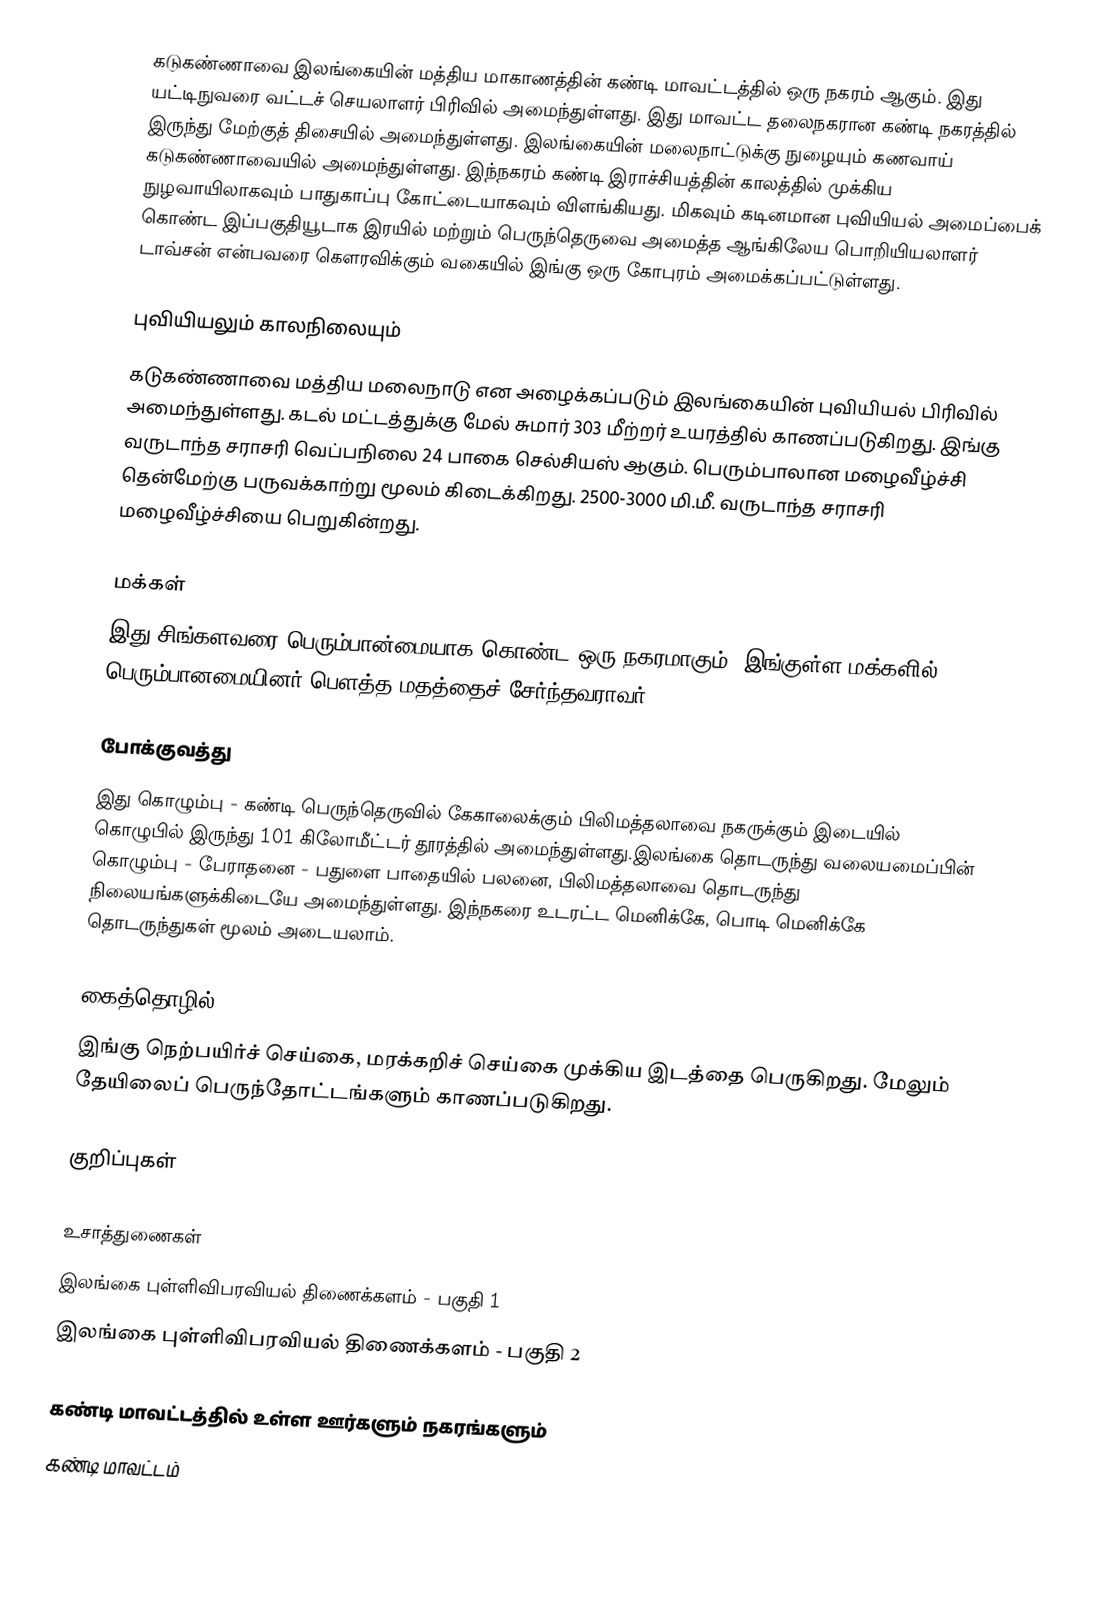
கடுகண்ணாவை இலங்கையின் மத்திய மாகாணத்தின் கண்டி மாவட்டத்தில் ஒரு நகரம் ஆகும். இது யட்டிநுவரை வட்டச் செயலாளர் பிரிவில் அமைந்துள்ளது. இது மாவட்ட தலைநகரான கண்டி நகரத்தில் இருந்து  மேற்குத் திசையில்  அமைந்துள்ளது. இலங்கையின் மலைநாட்டுக்கு நுழையும் கணவாய் கடுகண்ணாவையில் அமைந்துள்ளது. இந்நகரம் கண்டி இராச்சியத்தின் காலத்தில் முக்கிய நுழவாயிலாகவும் பாதுகாப்பு கோட்டையாகவும் விளங்கியது. மிகவும் கடினமான புவியியல் அமைப்பைக் கொண்ட இப்பகுதியூடாக இரயில் மற்றும் பெருந்தெருவை அமைத்த ஆங்கிலேய பொறியியலாளர் டாவ்சன் என்பவரை கௌரவிக்கும் வகையில் இங்கு ஒரு கோபுரம் அமைக்கப்பட்டுள்ளது.

புவியியலும் காலநிலையும்
கடுகண்ணாவை  மத்திய மலைநாடு என அழைக்கப்படும்  இலங்கையின் புவியியல் பிரிவில் அமைந்துள்ளது. கடல் மட்டத்துக்கு மேல் சுமார் 303 மீற்றர்  உயரத்தில் காணப்படுகிறது. இங்கு வருடாந்த சராசரி வெப்பநிலை 24 பாகை செல்சியஸ் ஆகும். பெரும்பாலான மழைவீழ்ச்சி தென்மேற்கு பருவக்காற்று மூலம் கிடைக்கிறது. 2500-3000 மி.மீ. வருடாந்த சராசரி மழைவீழ்ச்சியை பெறுகின்றது.

மக்கள்
இது சிங்களவரை பெரும்பான்மையாக கொண்ட ஒரு நகரமாகும். இங்குள்ள மக்களில் பெரும்பானமையினர் பௌத்த மதத்தைச் சேர்ந்தவராவர்.

போக்குவத்து
இது கொழும்பு - கண்டி பெருந்தெருவில் கேகாலைக்கும் பிலிமத்தலாவை நகருக்கும் இடையில் கொழுபில் இருந்து 101 கிலோமீட்டர் தூரத்தில் அமைந்துள்ளது.இலங்கை தொடருந்து வலையமைப்பின் கொழும்பு - பேராதனை - பதுளை பாதையில் பலனை, பிலிமத்தலாவை தொடருந்து நிலையங்களுக்கிடையே அமைந்துள்ளது. இந்நகரை உடரட்ட மெனிக்கே, பொடி மெனிக்கே தொடருந்துகள் மூலம் அடையலாம்.

கைத்தொழில்
இங்கு நெற்பயிர்ச் செய்கை, மரக்கறிச் செய்கை முக்கிய இடத்தை பெருகிறது. மேலும் தேயிலைப் பெருந்தோட்டங்களும் காணப்படுகிறது.

குறிப்புகள்

உசாத்துணைகள்
 இலங்கை புள்ளிவிபரவியல் திணைக்களம் - பகுதி 1
 இலங்கை புள்ளிவிபரவியல் திணைக்களம் - பகுதி 2

கண்டி மாவட்டத்தில் உள்ள ஊர்களும் நகரங்களும்
கண்டி மாவட்டம்